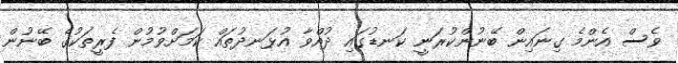
ވެސް އެންމެ ގިނައިން ބޭނުންކުރަނީ ކަނޑުގައި ދުއްވާ އުޅަނދުތައް ކަމަށްވުމުން ފެރީތަކުގެ ބޭނުން